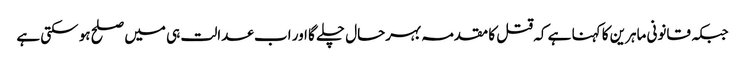
جبکہ قانونی ماہرین کا کہنا ہے کہ قتل کا مقدمہ بہرحال چلے گا اور اب عدالت ہی میں صلح ہو سکتی ہے